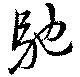
馳